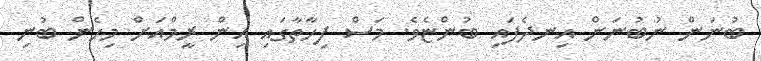
ބުނަން ނުބުނަން އިނދެފައި ބުންޏެވެ. މަސް ފިހާތާގައި އިން ރީމްއަށް މިހެން ބުނި